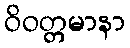
ဝိဝတ္တမာနာ